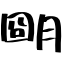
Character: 朙